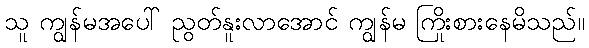
သူ ကျွန်မအပေါ် ညွတ်နူးလာအောင် ကျွန်မ ကြိုးစားနေမိသည်။